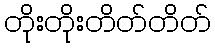
တိုးတိုးတိတ်တိတ်